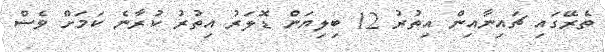
ތެރޭގައި ޗައިނާއިން އިތުރު 12 ބިލިޔަން ޑޮލަރު އިތުރު ކުރާނެ ކަމަށް ވެސް